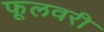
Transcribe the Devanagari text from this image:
फूलवरी